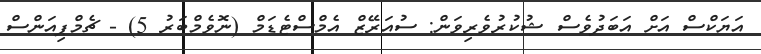
އަޔަކްސް އަށް އަބަދުވެސް ޝުކުރުވެރިވަން: ސުއަރޭޒް އެމްސްޓެޑަމް (ނޮވެމްބަރު 5) - ޗެމްޕިއަންސް